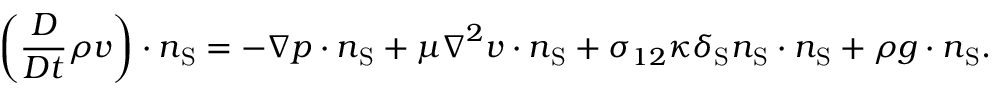
\left( \frac { D } { D t } \rho \boldsymbol { v } \right) \cdot \boldsymbol { n } _ { \mathrm { { S } } } = - \boldsymbol { \nabla } p \cdot \boldsymbol { n } _ { \mathrm { S } } + \mu \boldsymbol { \nabla } ^ { 2 } \boldsymbol { v } \cdot \boldsymbol { n } _ { \mathrm { { S } } } + \sigma _ { 1 2 } \kappa \delta _ { \mathrm { S } } \boldsymbol { n } _ { \mathrm { { S } } } \cdot \boldsymbol { n } _ { \mathrm { S } } + \rho \boldsymbol { g } \cdot \boldsymbol { n } _ { \mathrm { { S } } } .